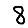
Digit: 8